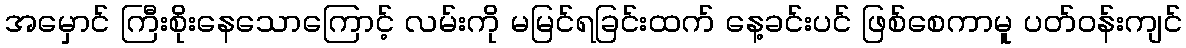
အမှောင် ကြီးစိုးနေသောကြောင့် လမ်းကို မမြင်ရခြင်းထက် နေ့ခင်းပင် ဖြစ်စေကာမူ ပတ်ဝန်းကျင်